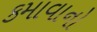
કમાવાનો